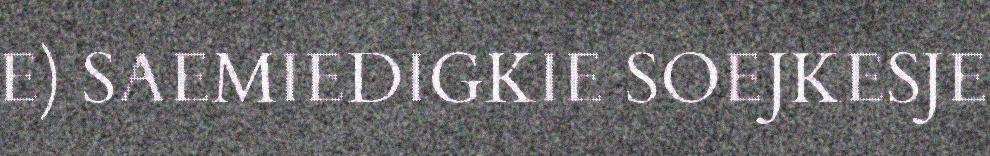
E) SAEMIEDIGKIE SOEJKESJE